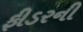
ફીડરની